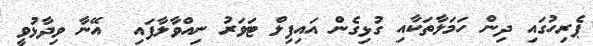
ޕެރިހުގައި ދިން ހަމަލާތަކާއި ގުޅިގެން އައިފިލް ޓަވަރު ނިއްވާލާފައި  އޭނާ ވިދާޅުވީ